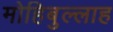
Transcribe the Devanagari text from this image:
मोहिबुल्लाह